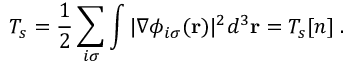
T _ { s } = \frac { 1 } { 2 } \sum _ { i \sigma } \int | \nabla \phi _ { i \sigma } ( { \bf r } ) | ^ { 2 } d ^ { 3 } { \bf r } = T _ { s } [ n ] \; .